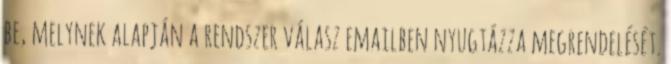
be, melynek alapján a rendszer válasz emailben nyugtázza megrendelését.